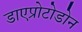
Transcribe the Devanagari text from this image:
डाएप्रोटोडोन